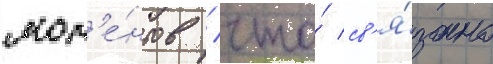
мом'е́нтов / что́ св'я́зано